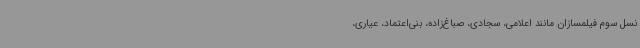
نسل سوم فیلمسازان مانند اعلامی، سجادی، صباغ‌زاده، بنی‌اعتماد، عیاری،